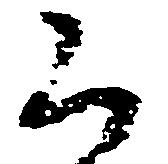
く